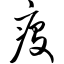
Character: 疫